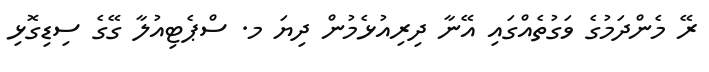
ރޭ މެންދަމުގެ ވަގުތެއްގައި އޭނާ ދިރިއުޅެމުން ދިޔަ މ. ސްޕެޓިއުލާ ގޭގެ ސިޑިގޮޅި